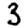
Digit: 3